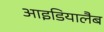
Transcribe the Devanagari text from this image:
आइडियालैब